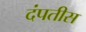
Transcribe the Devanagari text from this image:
दंपतीस